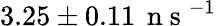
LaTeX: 3.25\pm 0.11\, \mathrm{~n~s~}^{-1}